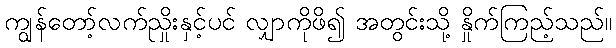
ကျွန်တော့်လက်ညှိုးနှင့်ပင် လျှာကိုဖိ၍ အတွင်းသို့ နှိုက်ကြည့်သည်။